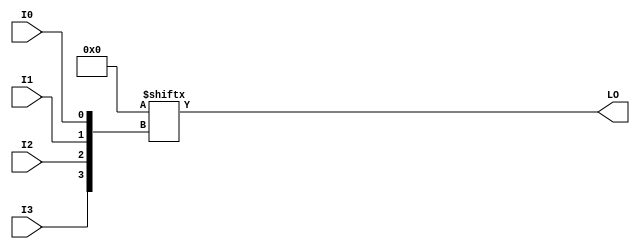
// This program was cloned from: https://github.com/jhshi/openofdm
// License: Apache License 2.0

// $Header: /devl/xcs/repo/env/Databases/CAEInterfaces/verunilibs/data/unisims/LUT4_L.v,v 1.7 2007/05/23 21:43:39 patrickp Exp $
///////////////////////////////////////////////////////////////////////////////
// Copyright (c) 1995/2004 Xilinx, Inc.
// All Right Reserved.
///////////////////////////////////////////////////////////////////////////////
//   ____  ____
//  /   /\/   /
// /___/  \  /    Vendor : Xilinx
// \   \   \/     Version : 10.1
//  \   \         Description : Xilinx Functional Simulation Library Component
//  /   /                  4-input Look-Up-Table with Local Output
// /___/   /\     Filename : LUT4_L.v
// \   \  /  \    Timestamp : Thu Mar 25 16:42:54 PST 2004
//  \___\/\___\
//
// Revision:
//    03/23/04 - Initial version.
//    02/04/05 - Rev 0.0.1 Replace premitive with function; Remove buf.
//    05/23/07 - Changed timescale to 1 ps / 1 ps.

`timescale  1 ps / 1 ps


module LUT4_L (LO, I0, I1, I2, I3);

  parameter INIT = 16'h0000;

  input I0, I1, I2, I3;

  output LO;

  reg LO;
  reg tmp;

  always @(  I3 or  I2 or  I1 or  I0 )  begin
 
    tmp =  I0 ^ I1  ^ I2 ^ I3;

    if ( tmp == 0 || tmp == 1)

        LO = INIT[{I3, I2, I1, I0}];

    else 
    
      LO =  lut4_mux4 ( {lut4_mux4 ( INIT[15:12], {I1, I0}),
                          lut4_mux4 ( INIT[11:8], {I1, I0}),
                          lut4_mux4 ( INIT[7:4], {I1, I0}),
                          lut4_mux4 ( INIT[3:0], {I1, I0}) }, {I3, I2});
  end

  function lut4_mux4;
  input [3:0] d;
  input [1:0] s;
   
  begin

       if ((s[1]^s[0] ==1) || (s[1]^s[0] ==0))
           
           lut4_mux4 = d[s];

         else if ((d[0] === d[1]) && (d[2] === d[3]) && (d[0] === d[2])) 
           lut4_mux4 = d[0];
         else if ((s[1] == 0) && (d[0] === d[1]))
           lut4_mux4 = d[0];
         else if ((s[1] == 1) && (d[2] === d[3])) 
           lut4_mux4 = d[2];
         else if ((s[0] == 0) && (d[0] === d[2])) 
           lut4_mux4 = d[0];
         else if ((s[0] == 1) && (d[1] === d[3]))
           lut4_mux4 = d[1];
         else
           lut4_mux4 = 1'bx;
   end
  endfunction

endmodule